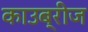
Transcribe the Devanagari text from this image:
काउब्रीज